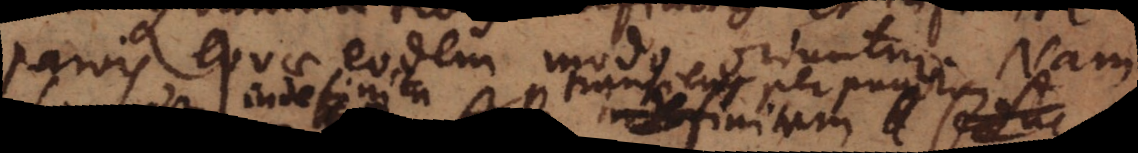
parvis, quae eodem modo oriuntur. Nam